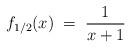
LaTeX: \begin{align*}f_{1/2}(x)\; =\; \frac1{x+1}\end{align*}